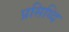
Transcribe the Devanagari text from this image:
प्रसिध्दि